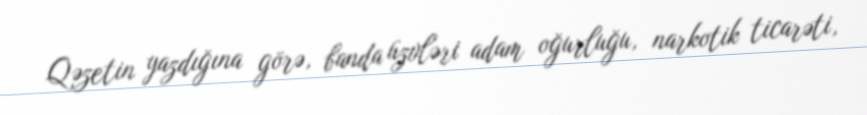
Qəzetin yazdığına görə, banda üzvləri adam oğurluğu, narkotik ticarəti,